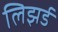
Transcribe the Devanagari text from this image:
लिझर्ड